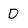
Character: D